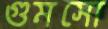
গুমসো